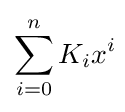
\sum _{i=0}^{n}K_{i}x^{i}\!